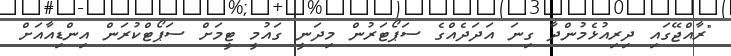
"ރާއްޖޭގައި ދިރިއުޅެމުންދާ ގިނަ އަދަދެއްގެ ސަޕޯޓަރުން މިދަނީ ގައުމީ ޓީމަށް ސަޕޯޓްކުރަން އިންޑިއާއަށް